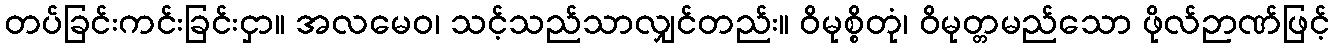
တပ်ခြင်းကင်းခြင်းငှာ။ အလမေဝ၊ သင့်သည်သာလျှင်တည်း။ ဝိမုစ္စိတုံ၊ ဝိမုတ္တမည်သော ဖိုလ်ဉာဏ်ဖြင့်